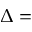
\Delta =